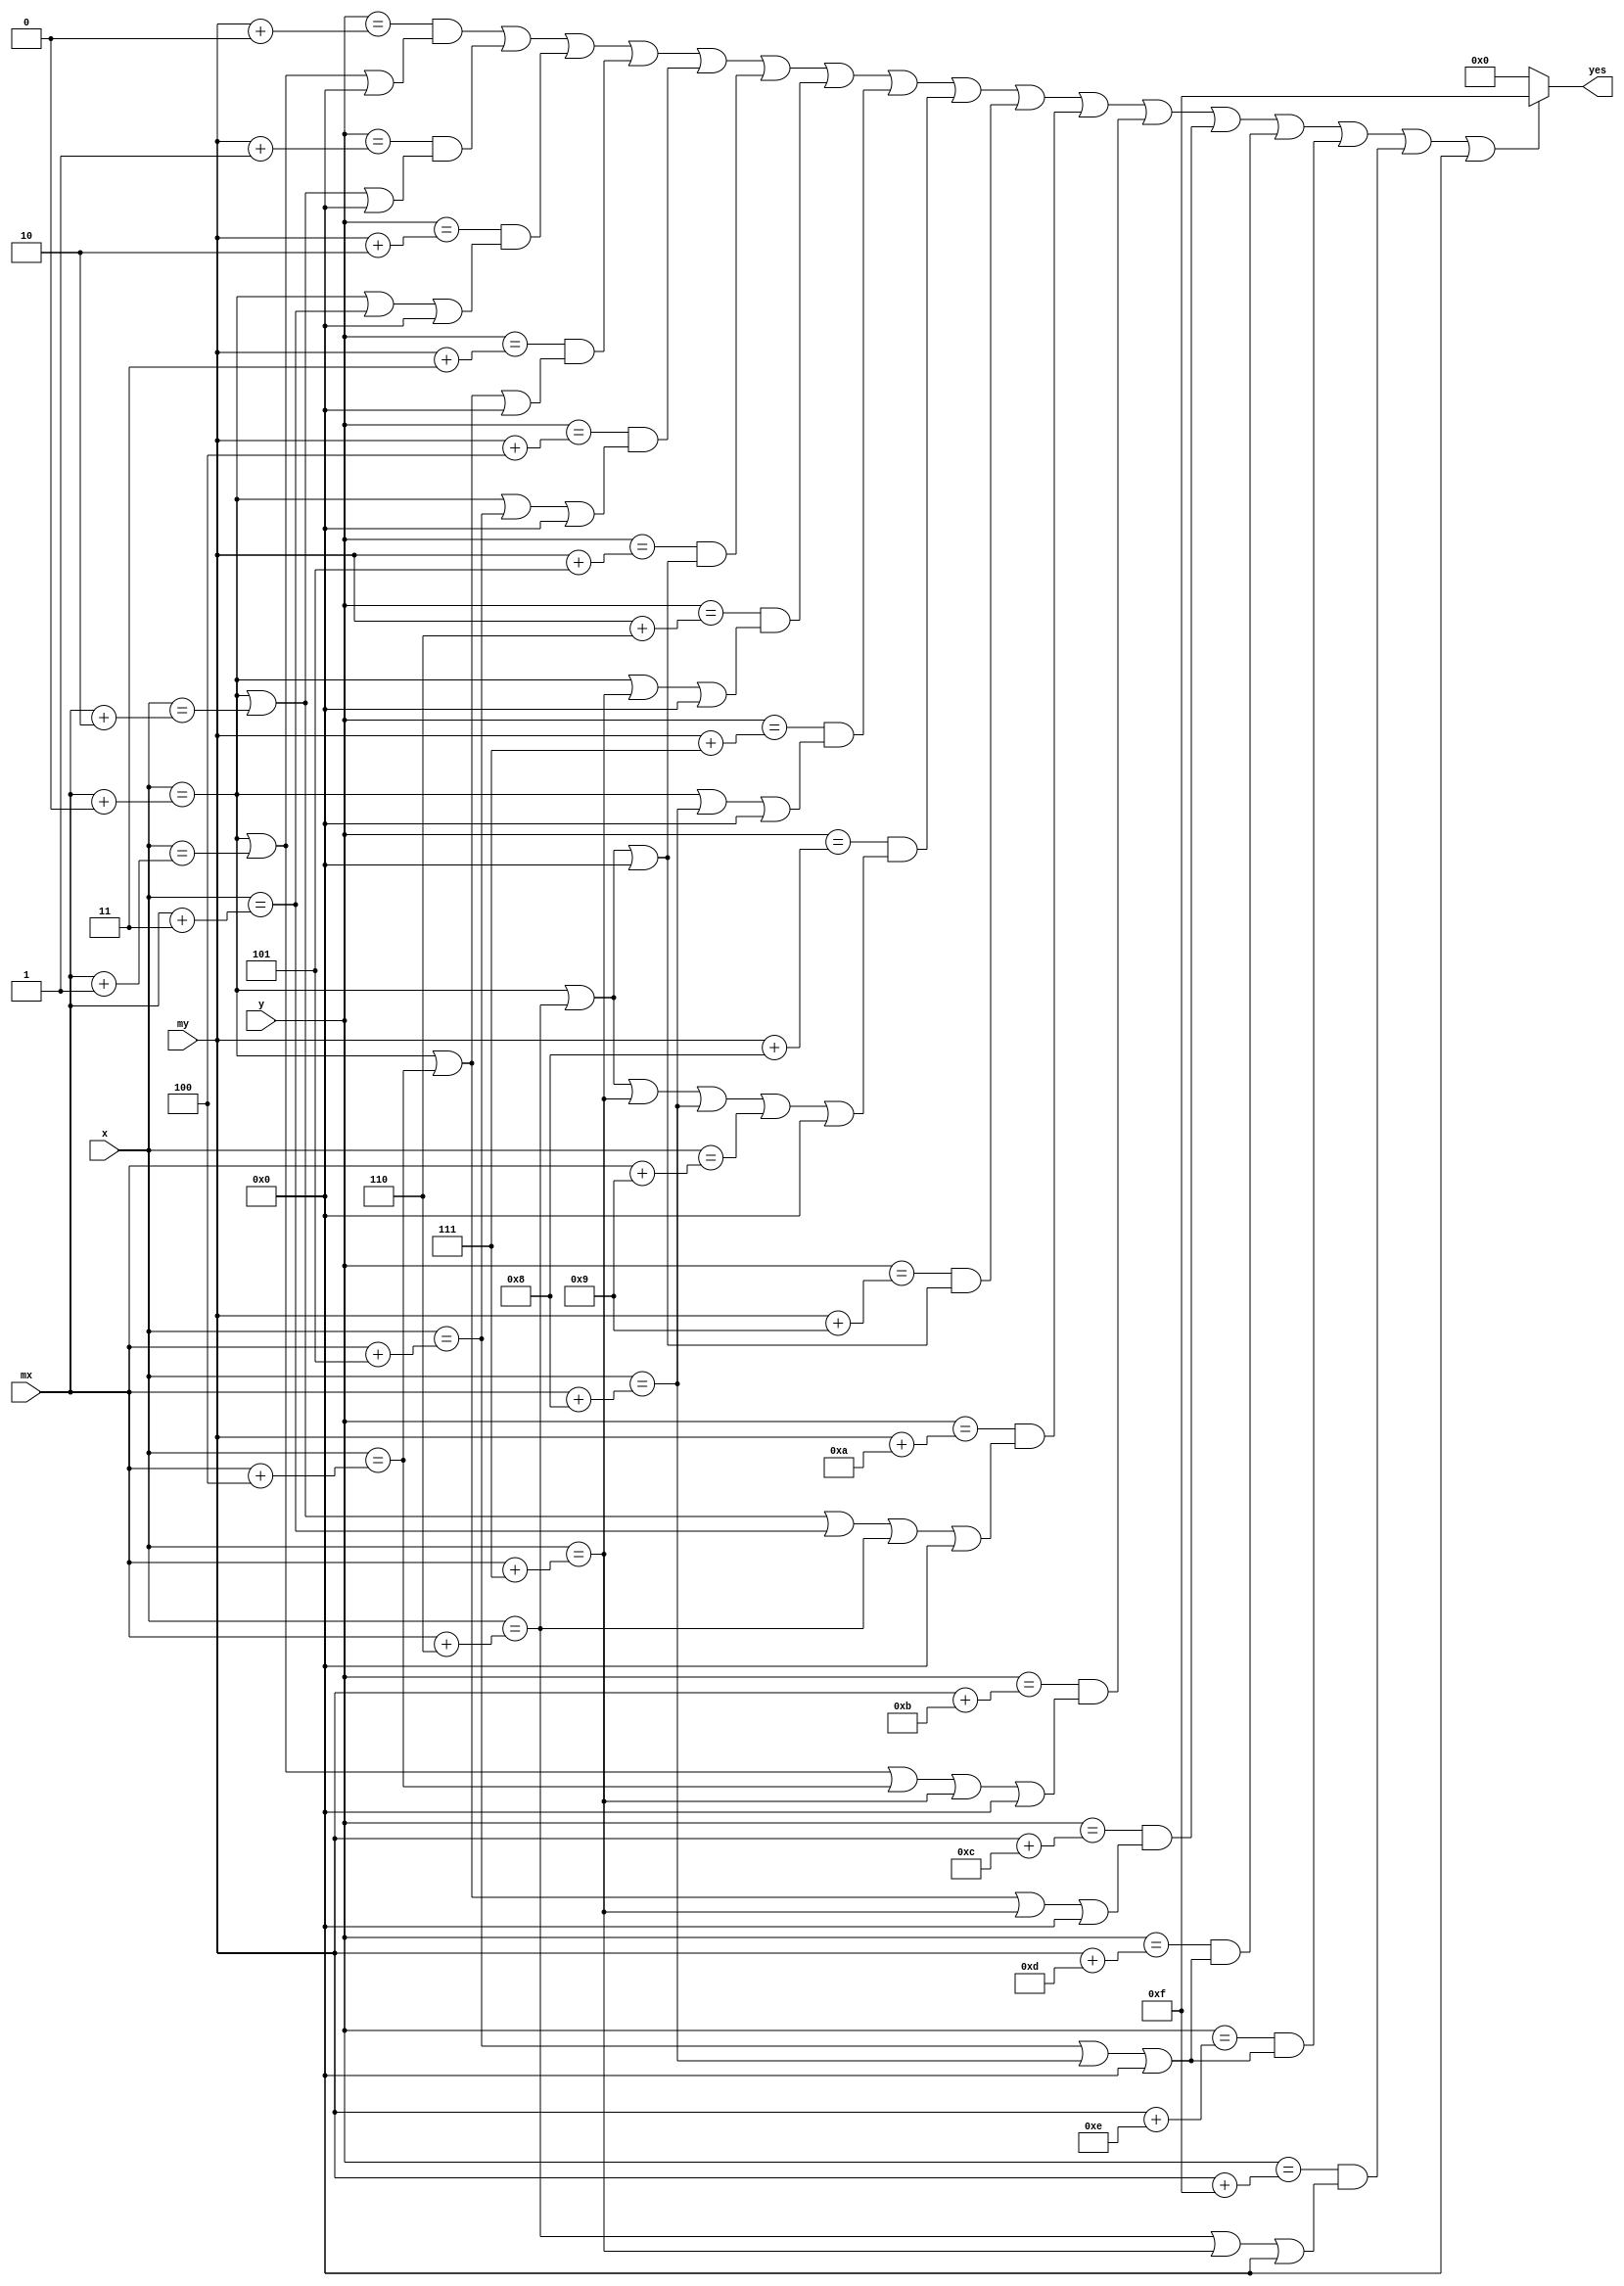
module region_mouse_black(input[10:0] x, input[10:0] y, input[10:0] mx, input[10:0] my, output[3:0] yes);
assign yes = (((y==(my+0))&&((x==(mx+0))||(x==(mx+1))||0))||((y==(my+1))&&((x==(mx+0))||(x==(mx+2))||0))||((y==(my+2))&&((x==(mx+0))||(x==(mx+3))||0))||((y==(my+3))&&((x==(mx+0))||(x==(mx+4))||0))||((y==(my+4))&&((x==(mx+0))||(x==(mx+5))||0))||((y==(my+5))&&((x==(mx+0))||(x==(mx+6))||0))||((y==(my+6))&&((x==(mx+0))||(x==(mx+7))||0))||((y==(my+7))&&((x==(mx+0))||(x==(mx+8))||0))||((y==(my+8))&&((x==(mx+0))||(x==(mx+6))||(x==(mx+7))||(x==(mx+8))||(x==(mx+9))||0))||((y==(my+9))&&((x==(mx+0))||(x==(mx+6))||0))||((y==(my+10))&&((x==(mx+0))||(x==(mx+2))||(x==(mx+3))||(x==(mx+6))||0))||((y==(my+11))&&((x==(mx+0))||(x==(mx+1))||(x==(mx+4))||(x==(mx+7))||0))||((y==(my+12))&&((x==(mx+0))||(x==(mx+4))||(x==(mx+7))||0))||((y==(my+13))&&((x==(mx+5))||(x==(mx+8))||0))||((y==(my+14))&&((x==(mx+5))||(x==(mx+8))||0))||((y==(my+15))&&((x==(mx+6))||(x==(mx+7))||0))||0) ? 4'b1111 : 4'b0;
endmodule